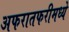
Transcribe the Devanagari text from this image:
अफरातफरीमध्ये